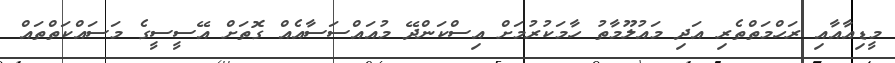
މީޑިއާއާއި ރަހްމަތްތެރި އަދި މައުލޫމާތު ހާމަކުރުމަށް އިސްކަންދޭ މުއައްސަސާއެއް ގޮތަށް އޭސީސީގެ މަސައްކަތްތައް